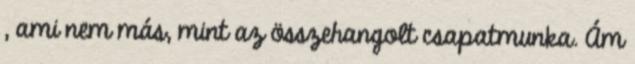
, ami nem más, mint az összehangolt csapatmunka. Ám